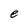
Character: e